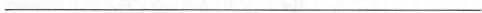
___